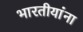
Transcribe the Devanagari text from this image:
भारतीयांंना